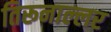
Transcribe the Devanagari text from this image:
तिरूनाल्लर